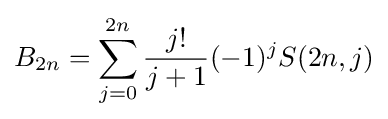
B_{2n}=\sum _{j=0}^{2n}{\frac {j!}{j+1}}(-1)^{j}S(2n,j)